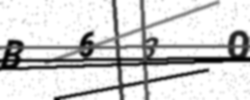
Text: B63O